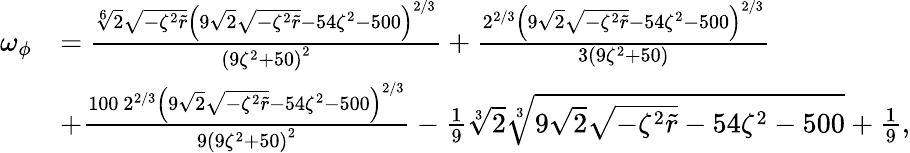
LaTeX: \begin{array}{rl}{\omega_{\phi}}&{=\frac{\sqrt[6]{2}\sqrt{-\zeta^{2}\tilde{r}}\left(9\sqrt{2}\sqrt{-\zeta^{2}\tilde{r}}-54\zeta^{2}-500\right)^{2/3}}{\left(9\zeta^{2}+50\right)^{2}}+\frac{2^{2/3}\left(9\sqrt{2}\sqrt{-\zeta^{2}\tilde{r}}-54\zeta^{2}-500\right)^{2/3}}{3\left(9\zeta^{2}+50\right)}}\\ &{+\frac{100\ 2^{2/3}\left(9\sqrt{2}\sqrt{-\zeta^{2}\tilde{r}}-54\zeta^{2}-500\right)^{2/3}}{9\left(9\zeta^{2}+50\right)^{2}}-\frac{1}{9}\sqrt[3]{2}\sqrt[3]{9\sqrt{2}\sqrt{-\zeta^{2}\tilde{r}}-54\zeta^{2}-500}+\frac{1}{9},}\end{array}